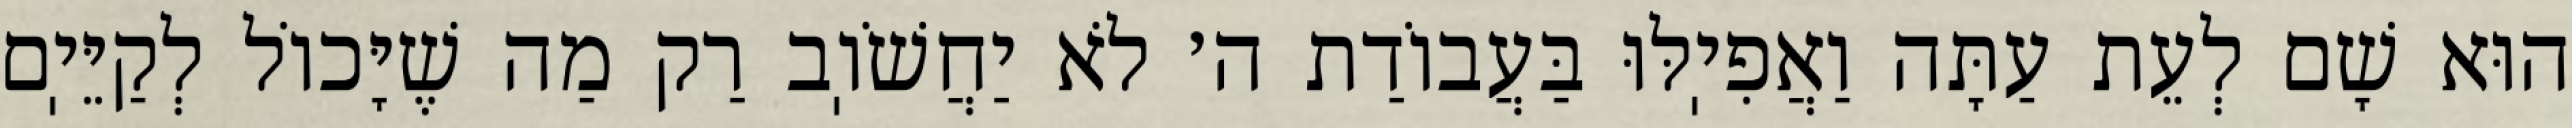
הוּא שָׁם לְעֵת עַתָּה וַאֲפִיֽלּוּ בַּעֲבוֹדַת ה׳ לֹא יַחֲשֹׁוֽב רַק מַה שֶׁיָּכוֹל לְקַיֵּיֽם